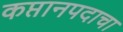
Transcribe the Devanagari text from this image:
कप्तानपदाचा